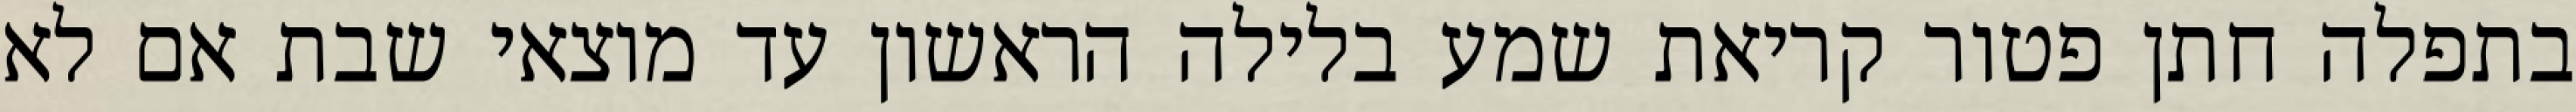
בתפלה חתן פטור קריאת שמע בלילה הראשון עד מוצאי שבת אם לא